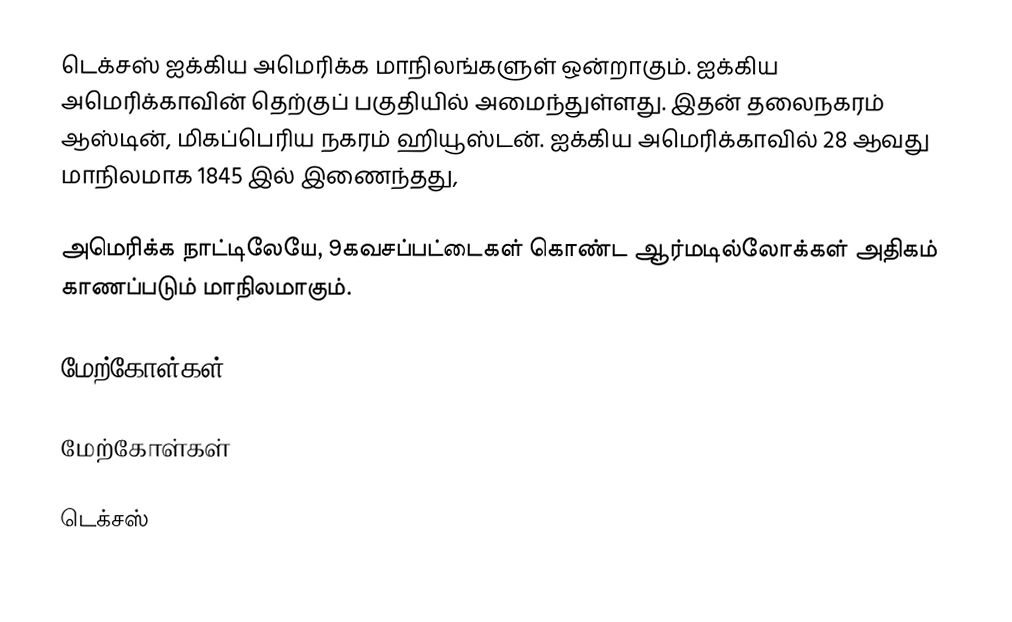
டெக்சஸ் ஐக்கிய அமெரிக்க மாநிலங்களுள் ஒன்றாகும். ஐக்கிய அமெரிக்காவின் தெற்குப் பகுதியில் அமைந்துள்ளது. இதன் தலைநகரம் ஆஸ்டின், மிகப்பெரிய நகரம் ஹியூஸ்டன். ஐக்கிய அமெரிக்காவில் 28 ஆவது மாநிலமாக 1845 இல் இணைந்தது,

 அமெரிக்க நாட்டிலேயே, 9கவசப்பட்டைகள் கொண்ட ஆர்மடில்லோக்கள் அதிகம் காணப்படும் மாநிலமாகும்.

மேற்கோள்கள்

மேற்கோள்கள்

டெக்சஸ்